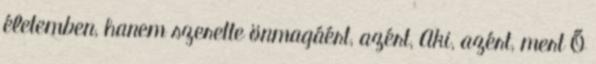
életemben, hanem szerette önmagáért, azért, Aki, azért, mert Ő